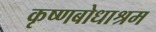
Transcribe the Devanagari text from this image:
कृष्णबोधाश्रम